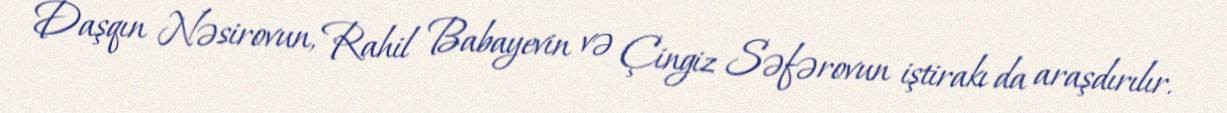
Daşqın Nəsirovun, Rahil Babayevin və Çingiz Səfərovun iştirakı da araşdırılır.